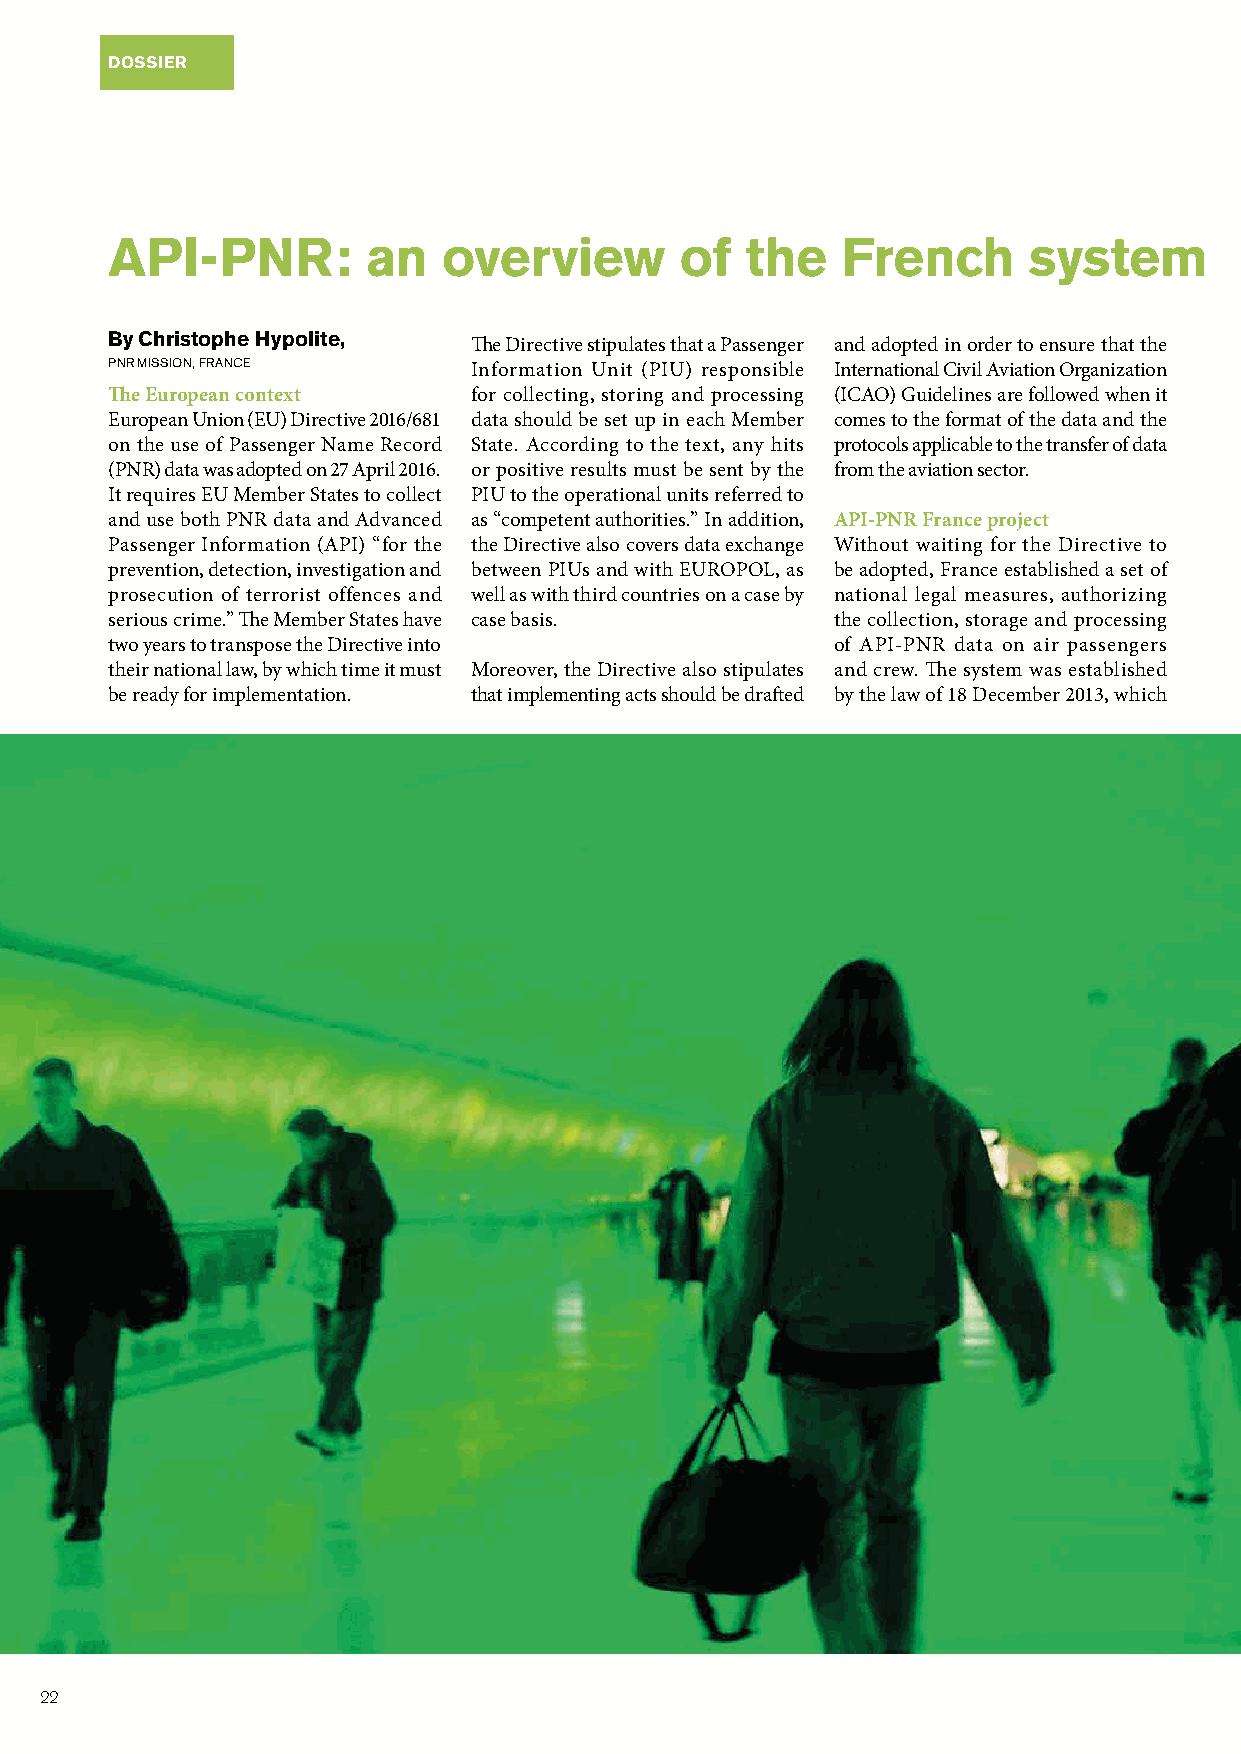
DOSSIER
 API-PNR:         an   overview        of  the    French      system         and    the   challenges         faced
 By Christophe Hypolite,
 The Directive stipulates that a Passenger and adopted in order to ensure that the
 PNR MISSION, FRANCE     Information Unit (PIU) responsible International Civil Aviation Organization
 The European context    for collecting, storing and processing (ICAO) Guidelines are followed when it
 European Union (EU) Directive 2016/681 data should be set up in each Member comes to the format of the data and the
 on the use of Passenger Name Record State. According to the text, any hits protocols applicable to the transfer of data
 (PNR) data was adopted on 27 April 2016. or positive results must be sent by the from the aviation sector.
 It requires EU Member States to collect PIU to the operational units referred to
 and use both PNR data and Advanced as “competent authorities.” In addition, API-PNR France project
 Passenger Information (API) “for the the Directive also covers data exchange Without waiting for the Directive to
 prevention, detection, investigation and between PIUs and with EUROPOL, as be adopted, France established a set of
 prosecution of terrorist offences and well as with third countries on a case by national legal measures, authorizing
 serious crime.” The Member States have case basis. the collection, storage and processing
 two years to transpose the Directive into       of API-PNR data on air passengers
 their national law, by which time it must Moreover, the Directive also stipulates and crew. The system was established
 be ready for implementation. that implementing acts should be drafted by the law of 18 December 2013, which
 22